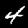
Digit: 4